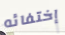
إختفائه